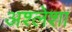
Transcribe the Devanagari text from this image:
अश्लेशा